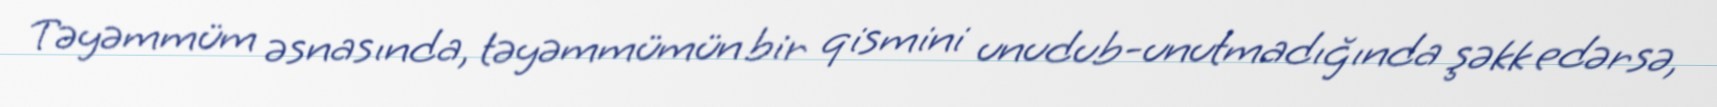
Təyəmmüm əsnasında, təyəmmümün bir qismini unudub-unutmadığında şəkk edərsə,